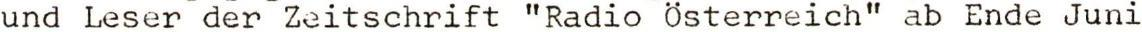
und Leser der Zeitschrift "Radio Österreich" ab Ende Juni